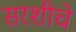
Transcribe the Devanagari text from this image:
सरशीचे